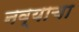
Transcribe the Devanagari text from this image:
नव्याचा